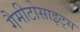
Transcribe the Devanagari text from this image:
गैमीटोसाइट्स